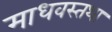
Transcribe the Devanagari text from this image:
माधवस्तथा